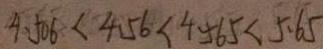
4 . 5 0 6 < 4 . 5 6 < 4 . 5 6 5 < 5 . 6 5